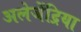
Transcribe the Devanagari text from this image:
अलेजेंद्रिया